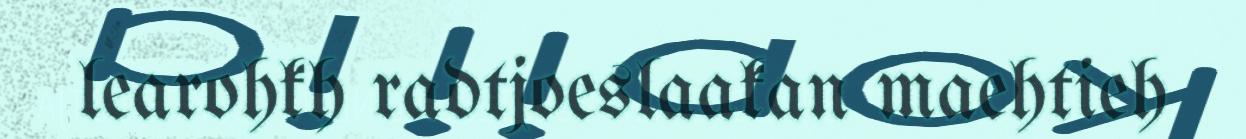
learohkh radtjoeslaakan maehtieh